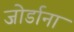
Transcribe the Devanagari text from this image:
जोर्डाना